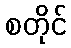
စတိုင်